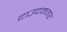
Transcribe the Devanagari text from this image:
दाउदनगर